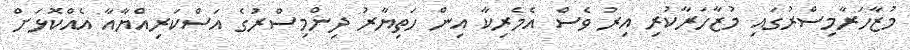
މުޒާހަރާމިސްރުގައި މުޒާހަރާކުރި އިރު ވެސް އެމެރިކާ އިން ހަތިޔާރު ދިންމިސްރުގެ އަސްކަރިއްޔާއާ އެއްކޮޅަށް